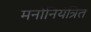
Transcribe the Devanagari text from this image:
मनोनियंत्रित